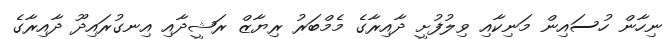
ނިހާން ހުސައިން މަނިކާއި ވިލުފުށީ ދާއިރާގެ މެމްބަރު ރިޔާޒް ރަޝީދާއި އިނގުރައިދޫ ދާއިރާގެ